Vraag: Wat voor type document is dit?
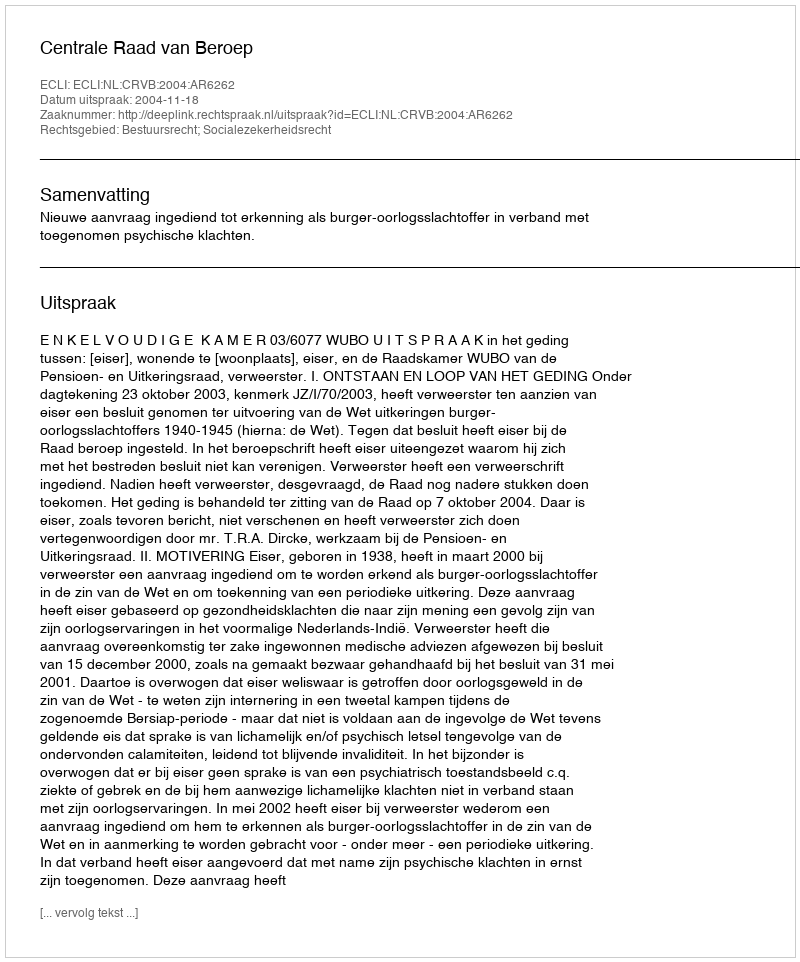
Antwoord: Uitspraak